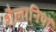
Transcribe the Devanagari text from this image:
शैलानियों